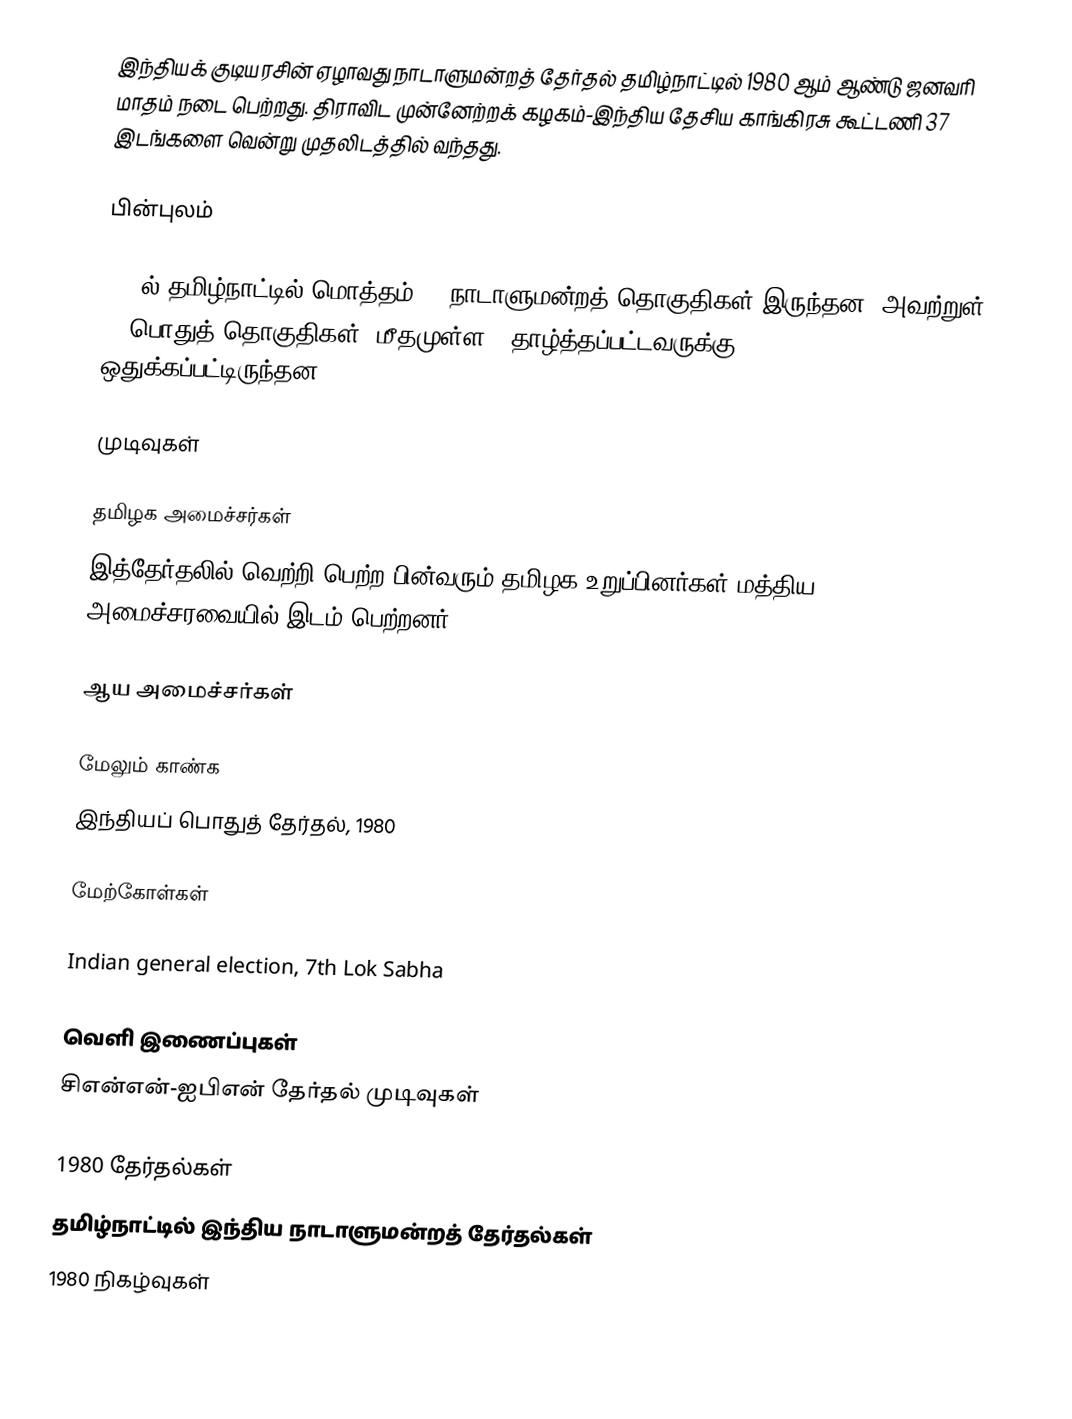
இந்தியக் குடியரசின் ஏழாவது நாடாளுமன்றத் தேர்தல் தமிழ்நாட்டில் 1980 ஆம் ஆண்டு ஜனவரி மாதம் நடை பெற்றது. திராவிட முன்னேற்றக் கழகம்-இந்திய தேசிய காங்கிரசு கூட்டணி 37 இடங்களை வென்று முதலிடத்தில் வந்தது.

பின்புலம்

1980ல் தமிழ்நாட்டில் மொத்தம் 39 நாடாளுமன்றத் தொகுதிகள் இருந்தன. அவற்றுள் 32 பொதுத் தொகுதிகள். மீதமுள்ள 7 தாழ்த்தப்பட்டவருக்கு (SC) ஒதுக்கப்பட்டிருந்தன

முடிவுகள்

தமிழக அமைச்சர்கள்
இத்தேர்தலில் வெற்றி பெற்ற பின்வரும் தமிழக உறுப்பினர்கள் மத்திய அமைச்சரவையில் இடம் பெற்றனர்:

ஆய அமைச்சர்கள்

மேலும் காண்க
இந்தியப் பொதுத் தேர்தல், 1980

மேற்கோள்கள்

Indian general election, 7th Lok Sabha

வெளி இணைப்புகள்
 சிஎன்என்-ஐபிஎன் தேர்தல் முடிவுகள்

1980 தேர்தல்கள்
தமிழ்நாட்டில் இந்திய நாடாளுமன்றத் தேர்தல்கள்
1980 நிகழ்வுகள்